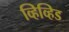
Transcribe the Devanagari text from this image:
व्हिव्हिड